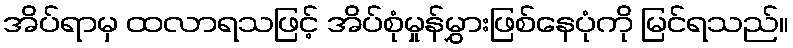
အိပ်ရာမှ ထလာရသဖြင့် အိပ်စုံမှုန်မွှားဖြစ်နေပုံကို မြင်ရသည်။